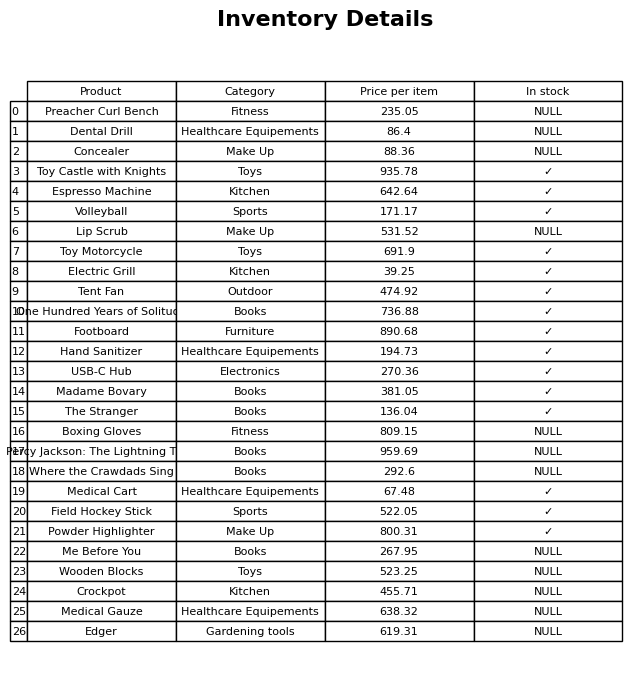
question: What is the price of the Where the Crawdads Sing?
answer: The price of Where the Crawdads Sing is 292.6.